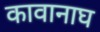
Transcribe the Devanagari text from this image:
कावानाघ